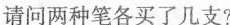
请问两种笔各买了几支?